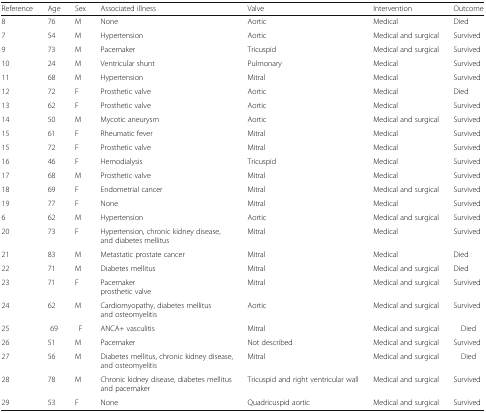
<table><thead><tr><td><b>Reference</b></td><td><b>Age</b></td><td><b>Sex</b></td><td><b>Associated illness</b></td><td><b>Valve</b></td><td><b>Intervention</b></td><td><b>Outcome</b></td></tr></thead><tbody><tr><td>8</td><td>76</td><td>M</td><td>None</td><td>Aortic</td><td>Medical</td><td>Died</td></tr><tr><td>7</td><td>54</td><td>M</td><td>Hypertension</td><td>Aortic</td><td>Medical and surgical</td><td>Survived</td></tr><tr><td>9</td><td>73</td><td>M</td><td>Pacemaker</td><td>Tricuspid</td><td>Medical and surgical</td><td>Survived</td></tr><tr><td>10</td><td>24</td><td>M</td><td>Ventricular shunt</td><td>Pulmonary</td><td>Medical</td><td>Survived</td></tr><tr><td>11</td><td>68</td><td>M</td><td>Hypertension</td><td>Mitral</td><td>Medical</td><td>Survived</td></tr><tr><td>12</td><td>72</td><td>F</td><td>Prosthetic valve</td><td>Aortic</td><td>Medical</td><td>Died</td></tr><tr><td>13</td><td>62</td><td>F</td><td>Prosthetic valve</td><td>Aortic</td><td>Medical</td><td>Survived</td></tr><tr><td>14</td><td>50</td><td>M</td><td>Mycotic aneurysm</td><td>Aortic</td><td>Medical and surgical</td><td>Survived</td></tr><tr><td>15</td><td>61</td><td>F</td><td>Rheumatic fever</td><td>Mitral</td><td>Medical</td><td>Survived</td></tr><tr><td>15</td><td>72</td><td>F</td><td>Prosthetic valve</td><td>Mitral</td><td>Medical</td><td>Survived</td></tr><tr><td>16</td><td>46</td><td>F</td><td>Hemodialysis</td><td>Tricuspid</td><td>Medical</td><td>Survived</td></tr><tr><td>17</td><td>68</td><td>M</td><td>Prosthetic valve</td><td>Mitral</td><td>Medical</td><td>Survived</td></tr><tr><td>18</td><td>69</td><td>F</td><td>Endometrial cancer</td><td>Mitral</td><td>Medical and surgical</td><td>Survived</td></tr><tr><td>19</td><td>77</td><td>F</td><td>None</td><td>Mitral</td><td>Medical</td><td>Survived</td></tr><tr><td>6</td><td>62</td><td>M</td><td>Hypertension</td><td>Aortic</td><td>Medical and surgical</td><td>Survived</td></tr><tr><td>20</td><td>73</td><td>F</td><td>Hypertension, chronic kidney disease, and diabetes mellitus</td><td>Mitral</td><td>Medical</td><td>Survived</td></tr><tr><td>21</td><td>83</td><td>M</td><td>Metastatic prostate cancer</td><td>Mitral</td><td>Medical</td><td>Died</td></tr><tr><td>22</td><td>71</td><td>M</td><td>Diabetes mellitus</td><td>Mitral</td><td>Medical and surgical</td><td>Died</td></tr><tr><td>23</td><td>71</td><td>F</td><td>Pacemakerprosthetic valve</td><td>Mitral</td><td>Medical and surgical</td><td>Survived</td></tr><tr><td>24</td><td>62</td><td>M</td><td>Cardiomyopathy, diabetes mellitus and osteomyelitis</td><td>Aortic</td><td>Medical and surgical</td><td>Survived</td></tr><tr><td>25</td><td>69</td><td>F</td><td>ANCA+ vasculitis</td><td>Mitral</td><td>Medical and surgical</td><td>Died</td></tr><tr><td>26</td><td>51</td><td>M</td><td>Pacemaker</td><td>Not described</td><td>Medical and surgical</td><td>Survived</td></tr><tr><td>27</td><td>56</td><td>M</td><td>Diabetes mellitus, chronic kidney disease, and osteomyelitis</td><td>Mitral</td><td>Medical and surgical</td><td>Died</td></tr><tr><td>28</td><td>78</td><td>M</td><td>Chronic kidney disease, diabetes mellitus and pacemaker</td><td>Tricuspid and right ventricular wall</td><td>Medical and surgical</td><td>Survived</td></tr><tr><td>29</td><td>53</td><td>F</td><td>None</td><td>Quadricuspid aortic</td><td>Medical and surgical</td><td>Survived</td></tr></tbody></table>